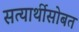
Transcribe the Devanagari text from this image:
सत्यार्थीसोबत